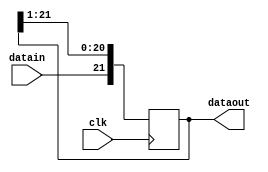
/* 22 bit shift register */
module SHF(datain, dataout, clk);

input datain, clk;
output reg [21:0] dataout;


initial begin
dataout <= 0;
end

always@(negedge clk)
begin
    dataout <= {datain,dataout[21:1]};
end
endmodule
/******************************************************************************************************/


/*check scancode */

module KID(PS2Clk, PS2Data, scancode, CLK, strobe, flag);
input PS2Clk, PS2Data, CLK;
output reg [7:0] scancode;
output reg strobe, flag;

wire [21:0] temp;
wire clk100ms;
wire valid;
wire valid1;
wire singlevalid;

initial begin
scancode <= 0;
strobe <= 0;
flag <= 0;
end


clkdiv clk100 (CLK, clk100ms);
SHF shift22 (PS2Data, temp, PS2Clk);
assign valid = (temp [10:0] == 11'h7E0)?1:0;
DFF dff (clk100ms, valid, valid1);
assign singlevalid = valid & !valid1;

always@ (posedge CLK)
begin
if (singlevalid)
flag <= 1;
end

always@ (posedge clk100ms)
begin
if (singlevalid && !strobe)
strobe <= 1;
else 
strobe <= 0;
end

always@ (posedge CLK)
begin
if (singlevalid)
scancode <= temp [19:12];
end
endmodule

/******************************************************************************************************/

/* clock divider 100ms */
module clkdiv (CLK, clk100ms);
input CLK;
output reg clk100ms;

reg [27:0] counter;

initial begin
clk100ms <= 0;
counter <= 0;
end

always@(posedge CLK)
begin
    if(counter == 5000000) begin
      counter <= 1;
      clk100ms <= ~clk100ms;
    end
    else begin
      counter <= counter + 1;
    end
end

endmodule 

/*dff module*/
module DFF (clk, D, Q);
input clk, D;
output reg Q;

	initial begin
		Q = 0;
	end

  always @ (posedge clk) begin
      Q <= D;
  end

endmodule